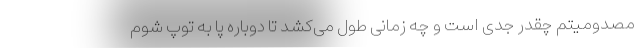
مصدومیتم چقدر جدی است و چه زمانی طول می‌کشد تا دوباره پا به توپ شوم